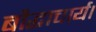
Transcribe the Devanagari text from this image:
बौद्धाचार्य।